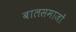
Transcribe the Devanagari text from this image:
बालसमाजों